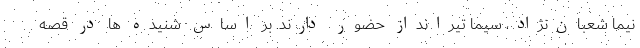
نیما شعبان‌نژاد، سیما تیرانداز حضور دارند. بر اساس شنیده ها در قصه